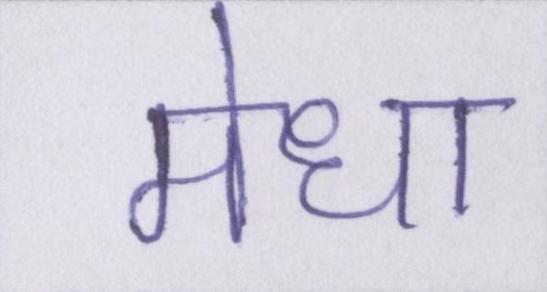
मेधा